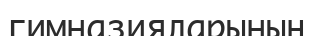
гимназияларының